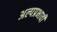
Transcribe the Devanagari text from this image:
अल्पप्रभावी